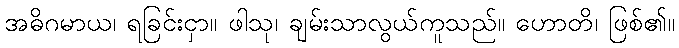
အဓိဂမာယ၊ ရခြင်းငှာ။ ဖါသု၊ ချမ်းသာလွယ်ကူသည်။ ဟောတိ၊ ဖြစ်၏။